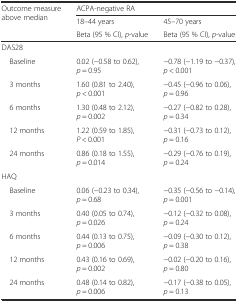
<table><thead><tr><td rowspan="2"><b>Outcome measure above median</b></td><td colspan="2"><b>ACPA-negative RA</b></td></tr><tr><td><b>18–44 years</b></td><td><b>45–70 years</b></td></tr><tr><td></td><td><b>Beta (95 % CI), <i>p</i>-value</b></td><td><b>Beta (95 % CI), <i>p</i>-value</b></td></tr></thead><tbody><tr><td>DAS28</td><td></td><td></td></tr><tr><td> Baseline</td><td>0.02 (−0.58 to 0.62), <i>p</i> = 0.95</td><td>−0.78 (−1.19 to −0.37), <i>p</i> &lt; 0.001</td></tr><tr><td> 3 months</td><td>1.60 (0.81 to 2.40), <i>p</i> &lt; 0.001</td><td>−0.45 (−0.96 to 0.06), <i>p</i> = 0.96</td></tr><tr><td> 6 months</td><td>1.30 (0.48 to 2.12), <i>p</i> = 0.002</td><td>−0.27 (−0.82 to 0.28), <i>p</i> = 0.34</td></tr><tr><td> 12 months</td><td>1.22 (0.59 to 1.85), <i>P</i> &lt; 0.001</td><td>−0.31 (−0.73 to 0.12), <i>p</i> = 0.16</td></tr><tr><td> 24 months</td><td>0.86 (0.18 to 1.55), <i>p</i> = 0.014</td><td>−0.29 (−0.76 to 0.19), <i>p</i> = 0.24</td></tr><tr><td>HAQ</td><td></td><td></td></tr><tr><td> Baseline</td><td>0.06 (−0.23 to 0.34), <i>p</i> = 0.68</td><td>−0.35 (−0.56 to −0.14), <i>p</i> = 0.001</td></tr><tr><td> 3 months</td><td>0.40 (0.05 to 0.74), <i>p</i> = 0.026</td><td>−0.12 (−0.32 to 0.08), <i>p</i> = 0.24</td></tr><tr><td> 6 months</td><td>0.44 (0.13 to 0.75), <i>p</i> = 0.006</td><td>−0.09 (−0.30 to 0.12), <i>p</i> = 0.38</td></tr><tr><td> 12 months</td><td>0.43 (0.16 to 0.69), <i>p</i> = 0.002</td><td>−0.02 (−0.20 to 0.16), <i>p</i> = 0.80</td></tr><tr><td> 24 months</td><td>0.48 (0.14 to 0.82), <i>p</i> = 0.006</td><td>−0.17 (−0.38 to 0.05), <i>p</i> = 0.13</td></tr></tbody></table>